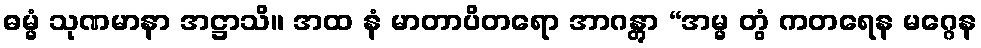
ဓမ္မံ သုဏမာနာ အဋ္ဌာသိ။ အထ နံ မာတာပိတရော အာဂန္တွာ “အမ္မ တွံ ကတရေန မဂ္ဂေန